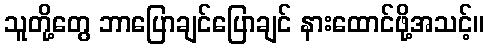
သူတို့တွေ ဘာပြောချင်ပြောချင် နားထောင်ဖို့အသင့်။